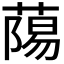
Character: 𮐷